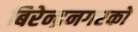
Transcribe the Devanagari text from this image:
बिरेन्द्रनगरको